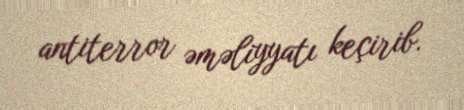
antiterror əməliyyatı keçirib.